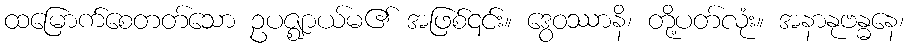
ထမြောက်စေတတ်သော ဥပဇ္ဈာယ်မ၏ အဖြစ်၎င်း။ ဒွေဝဿာနိ၊ တို့ပတ်လုံး။ အနာနုဗန္ဓနေ၊